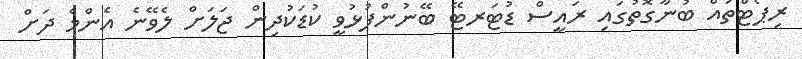
ރިޕޯޓްތައް ބުނާގޮތުގައި ރައީސް ޑުޓަރޓޭ ބޭނުންފުޅުވީ ކުޑަކުދިން ޖަލަށް ލެވޭނެ އެންމެ ދަށް